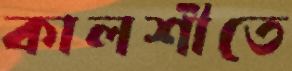
কালশীতে